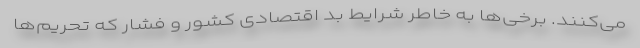
می‌کنند. برخی‌ها به خاطر شرایط بد اقتصادی کشور و فشار که تحریم‌ها